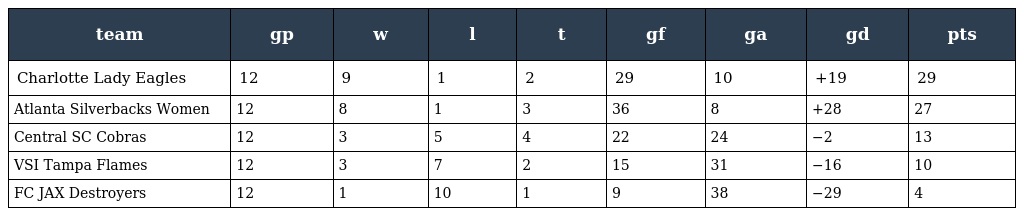
| team | gp | w | l | t | gf | ga | gd | pts |
 | --- | --- | --- | --- | --- | --- | --- | --- | --- |
 | Charlotte Lady Eagles | 12 | 9 | 1 | 2 | 29 | 10 | +19 | 29 |
 | Atlanta Silverbacks Women | 12 | 8 | 1 | 3 | 36 | 8 | +28 | 27 |
 | Central SC Cobras | 12 | 3 | 5 | 4 | 22 | 24 | −2 | 13 |
 | VSI Tampa Flames | 12 | 3 | 7 | 2 | 15 | 31 | −16 | 10 |
 | FC JAX Destroyers | 12 | 1 | 10 | 1 | 9 | 38 | −29 | 4 |